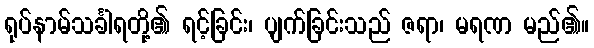
ရုပ်နာမ်သင်္ခါရတို့၏ ရင့်ခြင်း၊ ပျက်ခြင်းသည် ဇရာ၊ မရဏ မည်၏။